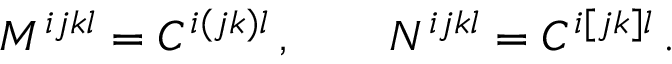
M ^ { i j k l } = C ^ { i ( j k ) l } \, , \qquad N ^ { i j k l } = C ^ { i [ j k ] l } \, .